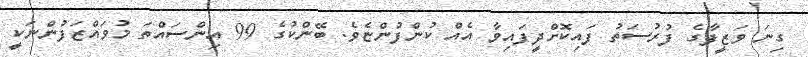
ގިނަ ވަޒީފާގެ ފުރުސަތު ފައިކޮށްދީފައިވާ އެއް ކުންފުންޏެވެ. ބޭންކުގެ 99 އިންސައްތަ މުވައްޒަފުންނަކީ